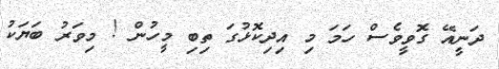
ދަނީއޭ ގޮވީވެސް ހަމަ މި އިދިކޮޅުގަ ތިބި މީހުން ! މިވަރު ބަޔަކު